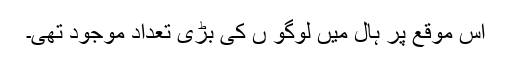
اس موقع پر ہال میں لوگو ں کی بڑی تعداد موجود تھی۔